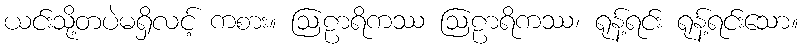
ယင်းသို့တပဲမရှိလင့် ကစား။ ဩဠာရိကဿ ဩဠာရိကဿ၊ ရုန့်ရင်း ရုန့်ရင်းသော။